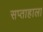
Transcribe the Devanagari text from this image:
सप्‍ताहाला